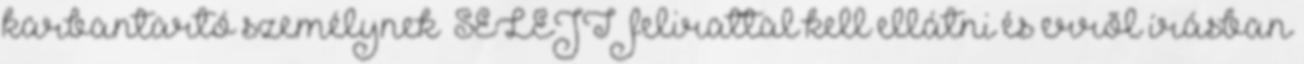
karbantartó személynek „SELEJT” felirattal kell ellátni és errõl írásban